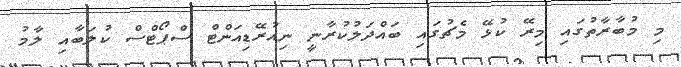
މި މުބާރާތުގައި މިރޭ ކުޅޭ މެޗުގައި ބައްދަލުކުރާނީ ނިއުރޭޑިއަންޓް ސްޕޯޓްސް ކުލަބާއި ލާމު